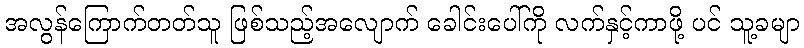
အလွန်ကြောက်တတ်သူ ဖြစ်သည့်အလျောက် ခေါင်းပေါ်ကို လက်နှင့်ကာဖို့ ပင် သူ့ခမျာ